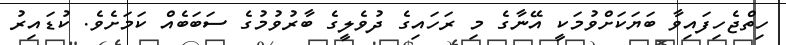
ހިތްޖެހިފައިވާ ބަޔަކަށްވުމަކީ އޭނާގެ މި ރަހައިގެ ދުވެލީގެ ބާރުވުމުގެ ސަބަބެއް ކަމަށެވެ. ކުޑައިރު